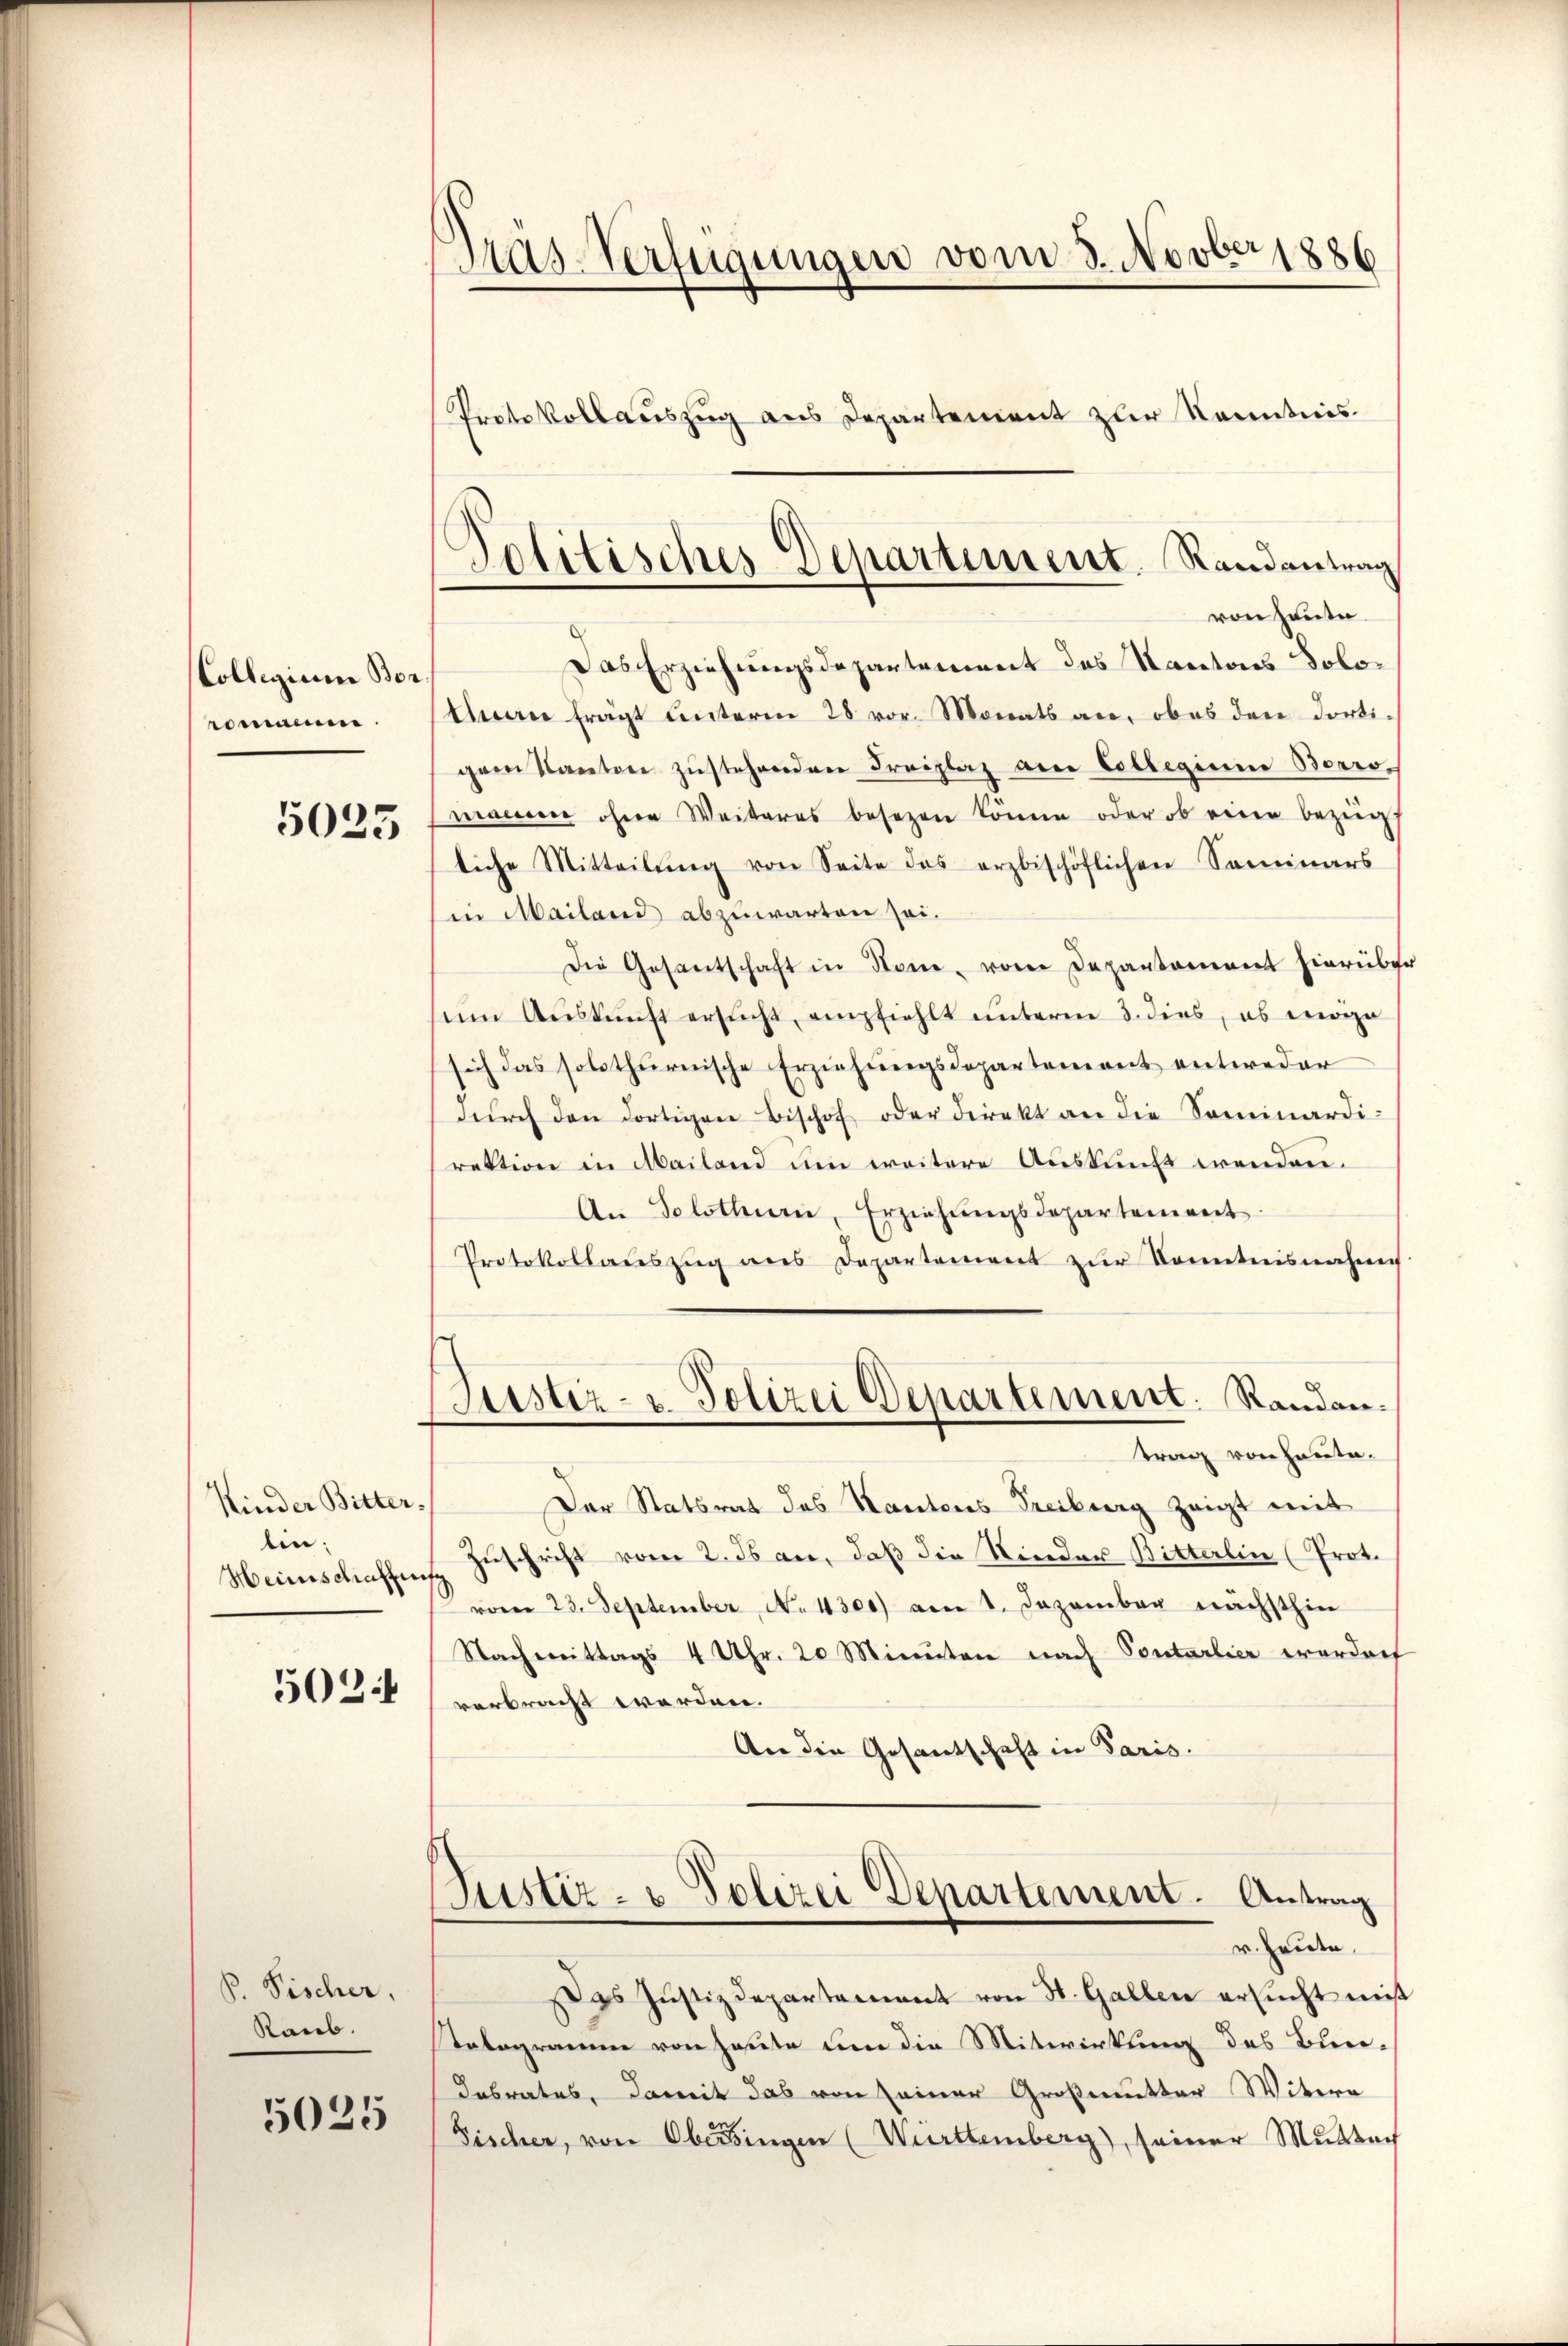
Collegium Borromann.
5025

Kinder Bitter¬
An¬
Heinschaffen

502

P. Fischer,
Raub.

5035

Pras-Verfügungen vom 3. Novber 1886
Protokollauszug aus Departement zur Kenntnis.

Politisches Departement. Randantrag
von heute
Das Erziehungsdepartement des Kantons Solo¬

Einen frägt unterm 28 vor. Monats an, ob es den dortigem Kanton zustehenden Freizlaz am Collegium Borro-
macien ohne Weiteres besezen könne, oder ob einen bezüg
liche Mitteilung von Seite des erzbischöflichen Seminars
in Mailand abzuwarten sei.
Die Gesantschaft in Sone, von Departement hierüber
um Auskunft ersŭcht, empfiehlt unterm 3. dies, es erge
sich das solothurnische Erziehungsdepartement entweder
dŭrch den dortigen Bischof oder direkt an die Sominardi-
rektion in Mailand um weitere Auskunft wenden.
An Solothur, Erziehŭngsdepartement
Protokollaŭszŭg ans Departement zŭr Kenntnisnahms
Sistiz- u. Polizei Departement. Randantrag von heute.
Der Statsrat des Kantons Freiburg zeigt mit
Zuschrift vom 2. ds an, daß die Kinder Bitterlin (Prot.
vom 23. September No. 4300) am 1. Dezember nächsthin
Nachmittags 4 Uhr. 20 Minuten nach Sontarlier worden
verbracht worden.
An die Gesantschaft in Paris.

Justiz- u Polizei Departement. Antrag
r. heute.

gs Justizdepartement von St. Gallen ersucht miß
Totogramme von Heute um die Mitwirkung des Bur¬
Dabrates, damit das von seiner Großmutter Witwe
Fischer, von Oberdingen (Württemberg), seiner Mŭtach